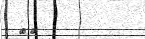
٣٦